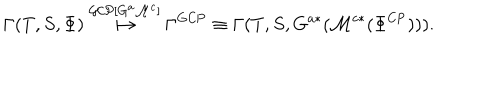
\Gamma ( T , S , \Phi ) \stackrel { \mathcal { G C P } [ G ^ { a } \mathcal { M } ^ { c } ] } { \longmapsto } \Gamma ^ { \mathrm { G C P } } \equiv \Gamma ( T , S , G ^ { a * } ( \mathcal { M } ^ { c * } ( \Phi ^ { \mathrm { C P } } ) ) ) .